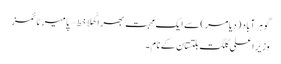
گوہر آباد (دیامر) سے ایک محبت بھرا کُھلا خط – پامیر ٹائمز
وزیر اعلی گلگت بلتستان کے نام ۔